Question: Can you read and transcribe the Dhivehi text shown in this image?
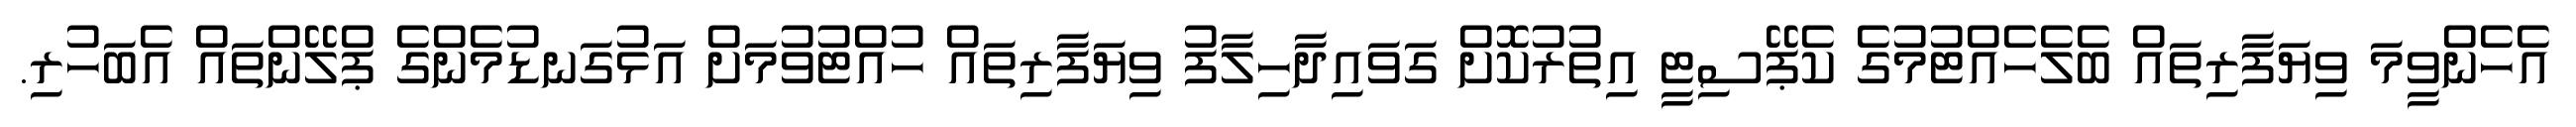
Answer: އެހެންވީމަ ވިޔަފާރިތައް ބެލެހެއްޓުމުގެ ކެޕޭސިޓީ އިތުރުކޮށް ގަވައިދާހިލާފު ވިޔަފާރިތައް ހުއްޓުވުމަށް އަޅުގަނޑުމެންގެ ޕްލޭންތައް އެބަހުރި.